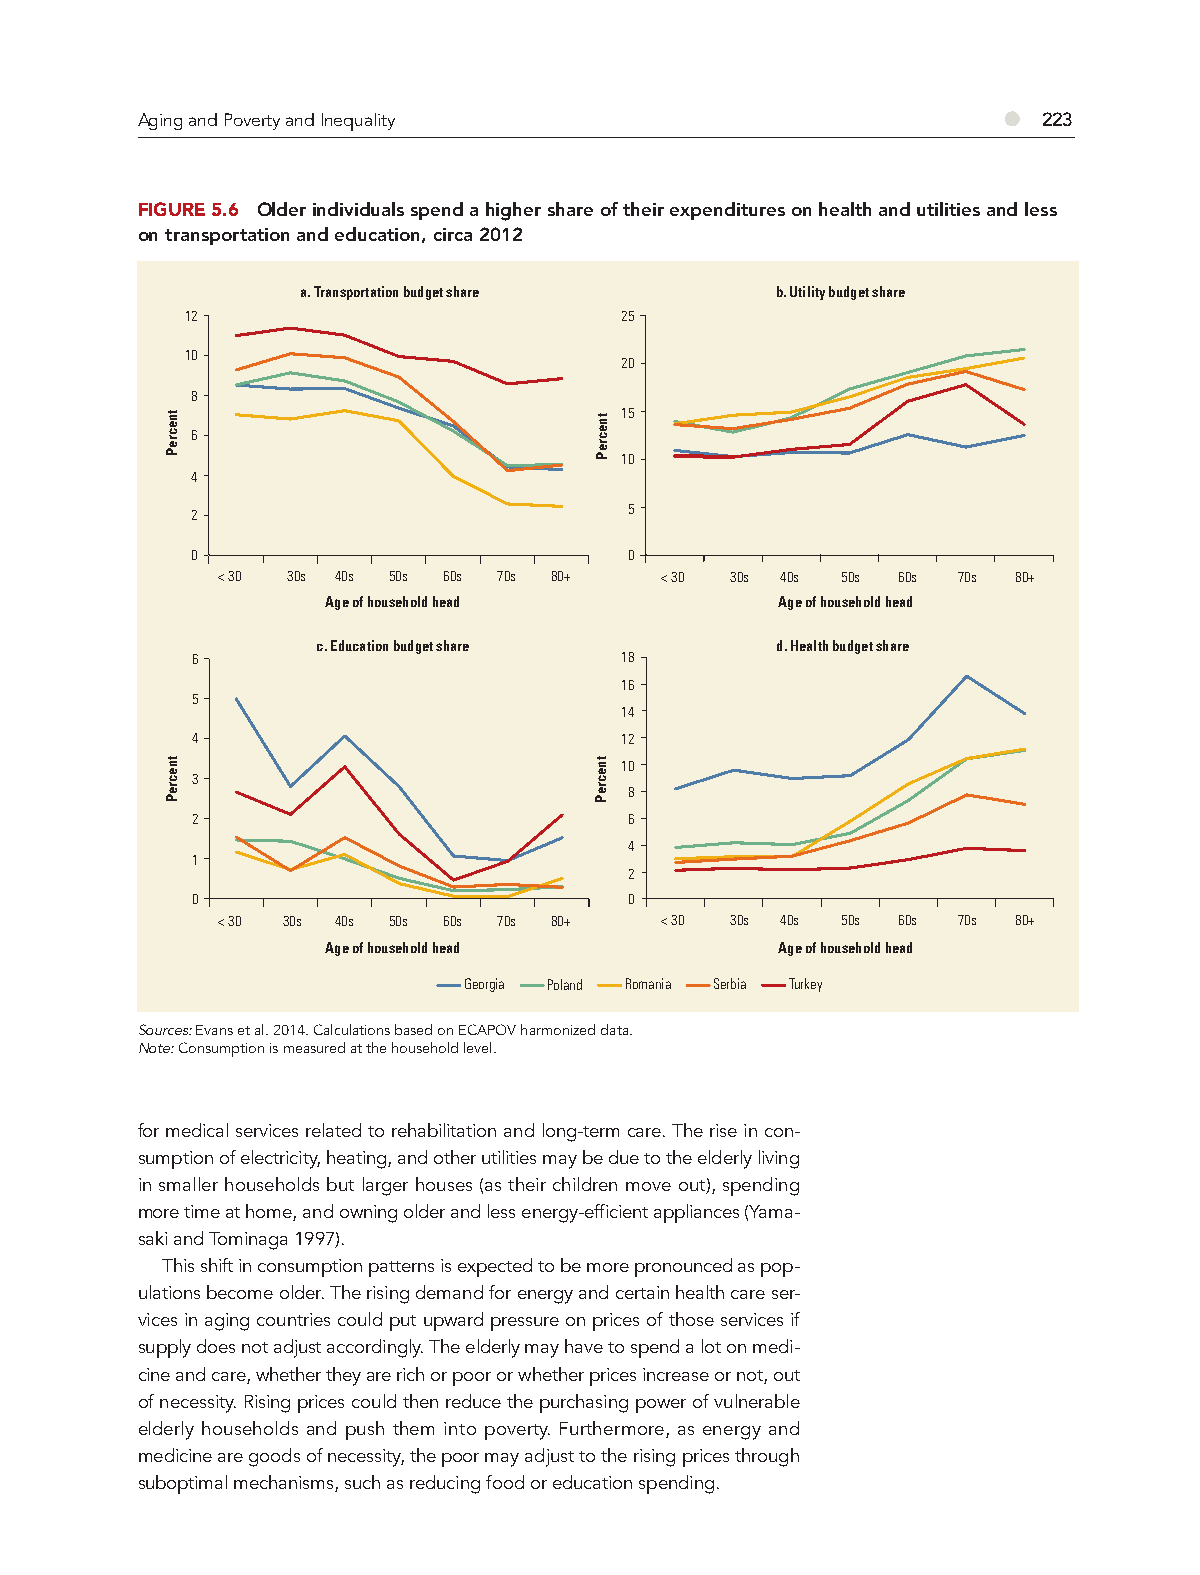
Aging and Poverty and Inequality                         ●  223
 FIGURE 5.6 Older individuals spend a higher share of their expenditures on health and utilities and less
 on transportation and education, circa 2012
 a. Transportation budget share b. Utility budget share
 12                           25
 10
 20
 8
 15
 6
 10
 4
 2                            5
 0                            0
 < 30 30s 40s 50s 60s 70s 80+  < 30 30s 40s 50s 60s 70s 80+
 Age of household head         Age of household head
 c. Education budget share     d. Health budget share
 6                           18
 16
 5
 14
 4                           12
 10
 3
 8
 2                            6
 4
 1
 2
 0                            0
 < 30 30s 40s 50s 60s 70s 80+  < 30 30s 40s 50s 60s 70s 80+
 Age of household head         Age of household head
 Georgia Poland Romania Serbia Turkey
 Sources: Evans et al. 2014. Calculations based on ECAPOV harmonized data.
 Note: Consumption is measured at the household level.
 for medical services related to rehabilitation and long-term care. The rise in con-
 sumption of electricity, heating, and other utilities may be due to the elderly living
 in smaller households but larger houses (as their children move out), spending
 more time at home, and owning older and less energy-efficient appliances (Yama-
 saki and Tominaga 1997).
 This shift in consumption patterns is expected to be more pronounced as pop-
 ulations become older. The rising demand for energy and certain health care ser-
 vices in aging countries could put upward pressure on prices of those services if
 supply does not adjust accordingly. The elderly may have to spend a lot on medi-
 cine and care, whether they are rich or poor or whether prices increase or not, out
 of necessity. Rising prices could then reduce the purchasing power of vulnerable
 elderly households and push them into poverty. Furthermore, as energy and
 medicine are goods of necessity, the poor may adjust to the rising prices through
 suboptimal mechanisms, such as reducing food or education spending.
 tnecreP
 tnecreP
 tnecreP
 tnecreP